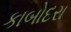
કાબોદરા